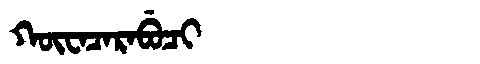
Manchu: ᡴᡡᠸᠠᠴᠠᡵᠠᠪᡠᠴᡳ
Romanization: KŪWACARABUCI